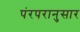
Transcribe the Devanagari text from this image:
पंरपरानुसार